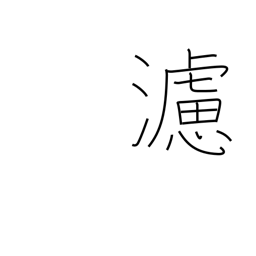
Meaning: filter